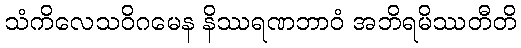
သံကိလေသဝိဂမေန နိဿရဏဘာဝံ အဘိရမိဿတီတိ